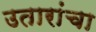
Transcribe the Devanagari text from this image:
उतारांचा